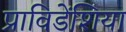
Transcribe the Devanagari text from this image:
प्राविडेंशिया